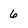
Character: 6